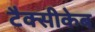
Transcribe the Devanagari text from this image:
टैक्सीकेब